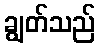
ချွတ်သည်